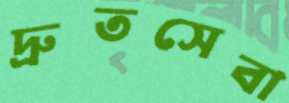
দ্রুতসেবা